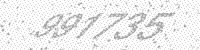
Solution: 991735